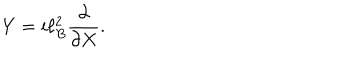
Y = i \ell _ { B } ^ { 2 } \frac { \partial } { \partial X } .